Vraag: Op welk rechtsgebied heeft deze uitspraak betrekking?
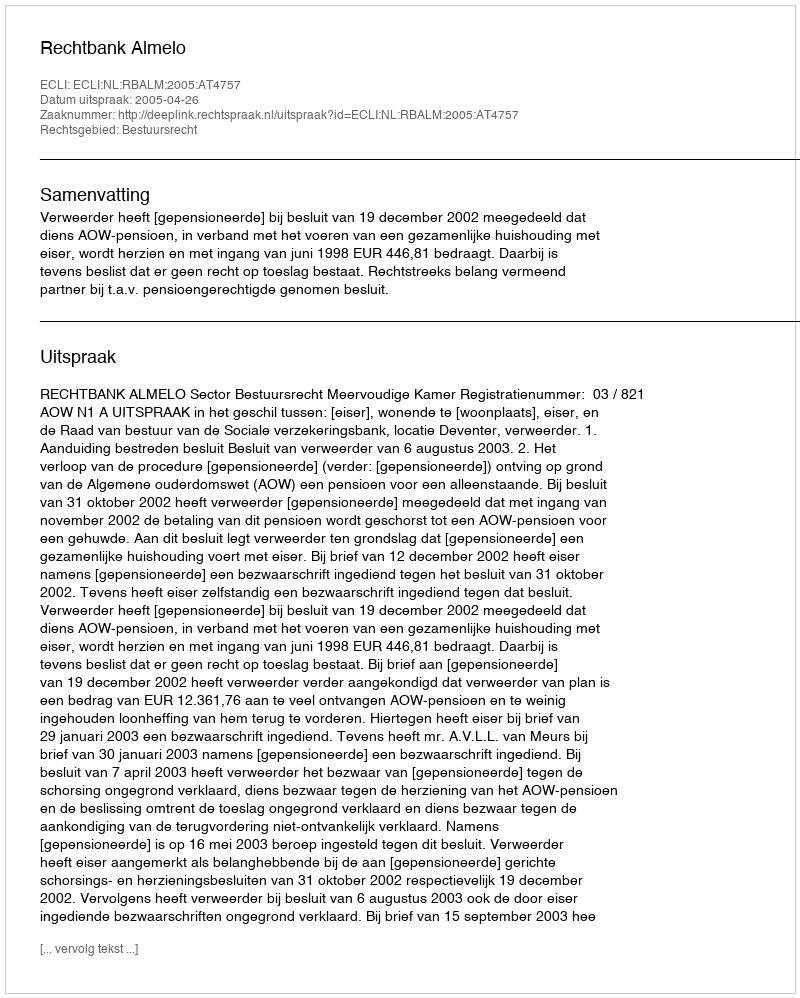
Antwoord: Bestuursrecht